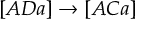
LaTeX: [ A D a ] \rightarrow [ A C a ]